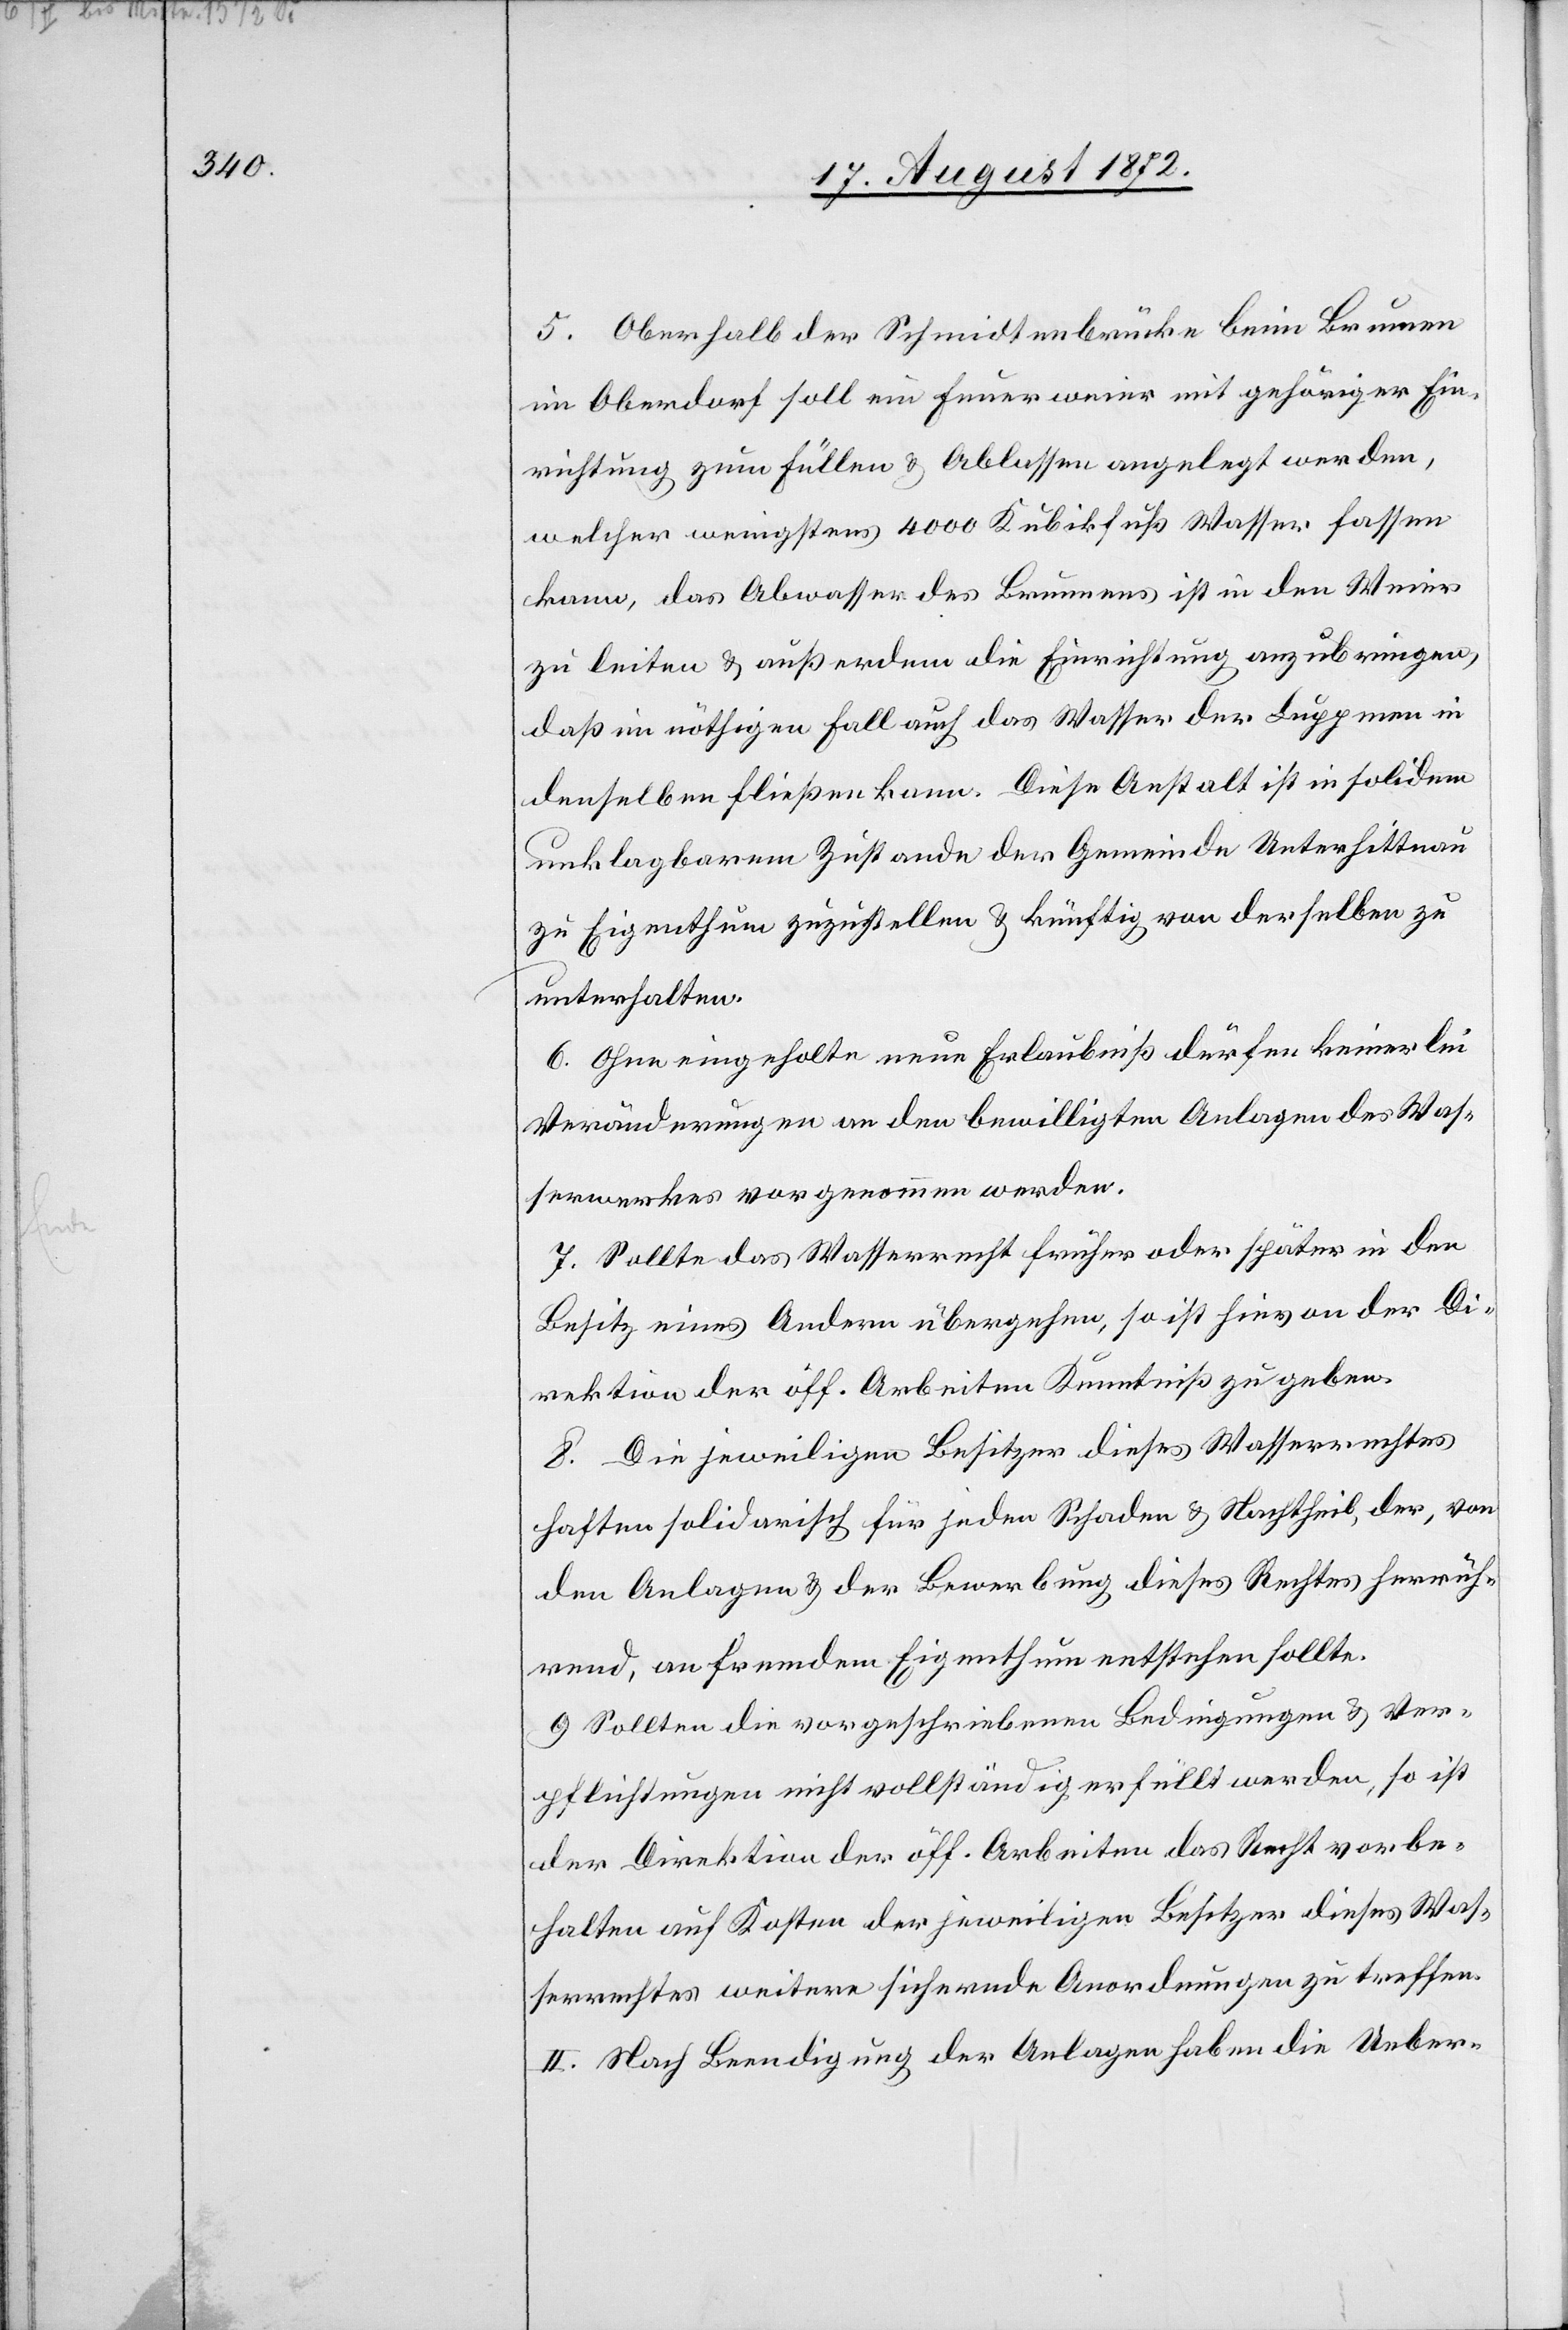
5. Oberhalb der Schmidtenbrücke beim Brunnen
im Oberdorf soll ein Feuerweier mit gehöriger Ein¬
richtung zum Füllen u. Ablassen angelegt werden,
welcher wenigstens 4000 Kubikfuß Wasser fassen
kann, das Abwasser des Brunnens ist in den Weier
zu leiten u. außerdem die Einrichtung anzubringen,
daß im nöthigen Fall auch das Wasser der Luppmen in
denselben fließen kann. Diese Anstalt ist in solidem
unklagbarem Zustande der Gemeinde Unterhittnau
zu Eigenthum zuzustellen u. künftig von derselben zu
unterhalten.
6. Ohne eingeholte neue Erlaubniß dürfen keinerlei
Veränderungen an den bewilligten Anlagen des Was¬
serwerkes vorgenommen werden.
7. Sollte das Wasserrecht früher oder später in den
Besitz eines Andern übergehen, so ist hievon der Di¬
rektion der öff. Arbeiten Kenntniß zu geben.
8. Die jeweilige Besitzer dieses Wasserrechtes
haften solidarisch für jeden Schaden u. Nachtheil, der, von
den Anlagen u. der Bewerbung dieses Rechtes herrüh¬
rend, an fremdem Eigenthum entstehen sollte.
9. Sollten die vorgeschriebenen Bedingungen u. Ver¬
pflichtungen nicht vollständig erfüllt werden, so ist
der Direktion der öff. Arbeiten das Recht vorbe¬
halten auf Kosten der jeweiligen Besitzer dieses Was¬
serrechtes weitere sichernde Anordnungen zu treffen.
II. Nach Beendigung der Anlagen haben die Ueber-